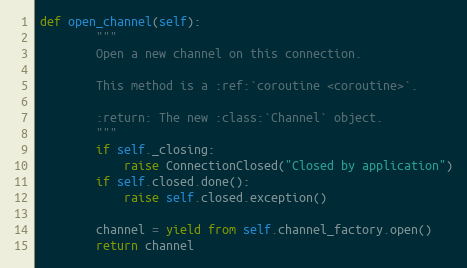
Language: Python
def open_channel(self):
        """
        Open a new channel on this connection.

        This method is a :ref:`coroutine <coroutine>`.

        :return: The new :class:`Channel` object.
        """
        if self._closing:
            raise ConnectionClosed("Closed by application")
        if self.closed.done():
            raise self.closed.exception()

        channel = yield from self.channel_factory.open()
        return channel